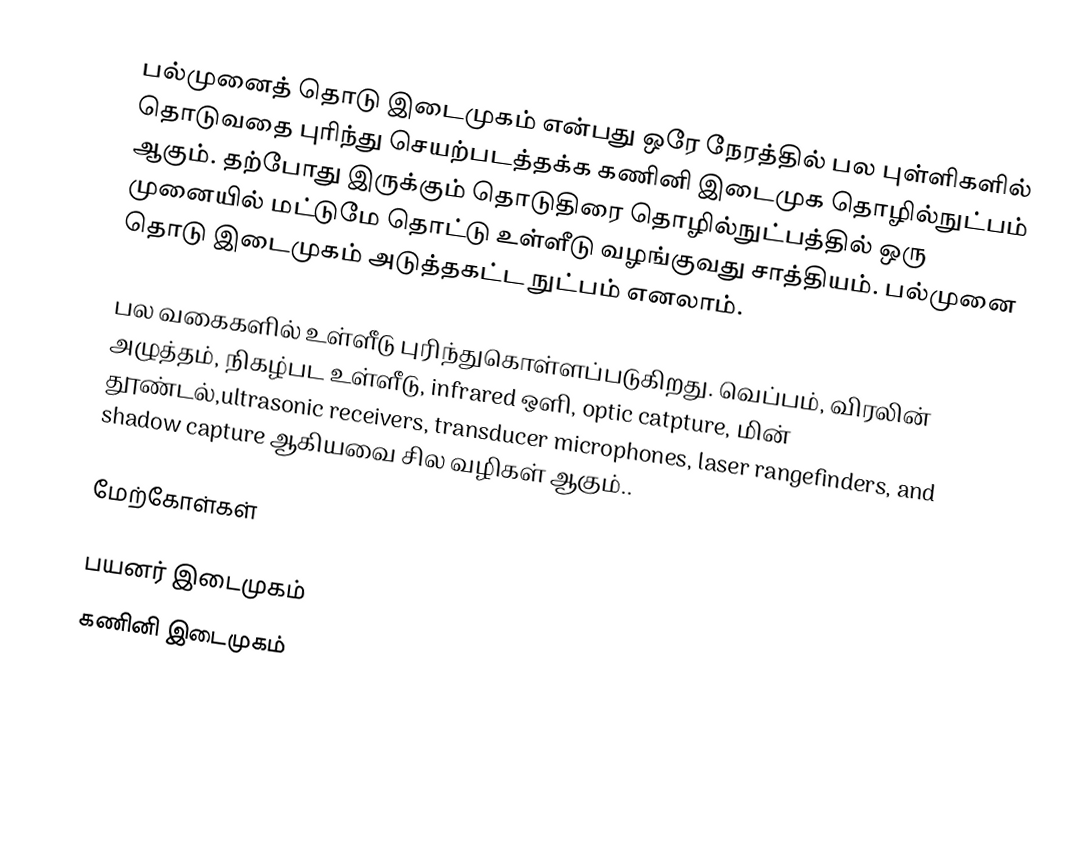
பல்முனைத் தொடு இடைமுகம் என்பது ஒரே நேரத்தில் பல புள்ளிகளில் தொடுவதை புரிந்து செயற்படத்தக்க கணினி இடைமுக தொழில்நுட்பம் ஆகும். தற்போது இருக்கும் தொடுதிரை தொழில்நுட்பத்தில் ஒரு முனையில் மட்டுமே தொட்டு உள்ளீடு வழங்குவது சாத்தியம். பல்முனை தொடு இடைமுகம் அடுத்தகட்ட நுட்பம் எனலாம்.

பல வகைகளில் உள்ளீடு புரிந்துகொள்ளப்படுகிறது. வெப்பம், விரலின் அழுத்தம், நிகழ்பட உள்ளீடு, infrared ஒளி, optic catpture, மின் தூண்டல்,ultrasonic receivers, transducer microphones, laser rangefinders, and shadow capture ஆகியவை சில வழிகள் ஆகும்..

மேற்கோள்கள்

பயனர் இடைமுகம்
கணினி இடைமுகம்